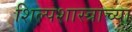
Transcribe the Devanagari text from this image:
शिल्पशास्त्राच्या